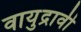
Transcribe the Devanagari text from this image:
वायुद्रावी